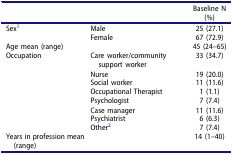
<table><thead><tr><td><b> </b></td><td><b> </b></td><td><b>Baseline N (%)</b></td></tr></thead><tbody><tr><td rowspan="2">Sex<sup>1</sup></td><td>Male</td><td>25 (27.1)</td></tr><tr><td>Female</td><td>67 (72.9)</td></tr><tr><td>Age mean (range)</td><td> </td><td>45 (24–65)</td></tr><tr><td>Occupation</td><td>Care worker/community support worker</td><td>33 (34.7)</td></tr><tr><td> </td><td>Nurse</td><td>19 (20.0)</td></tr><tr><td> </td><td>Social worker</td><td>11 (11.6)</td></tr><tr><td> </td><td>Occupational Therapist</td><td>1 (1.1)</td></tr><tr><td> </td><td>Psychologist</td><td>7 (7.4)</td></tr><tr><td> </td><td>Case manager</td><td>11 (11.6)</td></tr><tr><td> </td><td>Psychiatrist</td><td>6 (6.3)</td></tr><tr><td> </td><td>Other<sup>2</sup></td><td>7 (7.4)</td></tr><tr><td>Years in profession mean (range)</td><td> </td><td>14 (1–40)</td></tr></tbody></table>